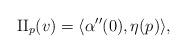
LaTeX: \begin{align*}\mathrm{II}_p(v) = \langle \alpha''(0), \eta(p) \rangle,\end{align*}